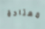
معتادة